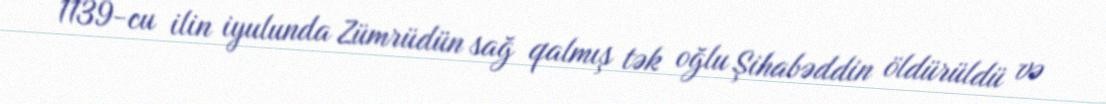
1139-cu ilin iyulunda Zümrüdün sağ qalmış tək oğlu Şihabəddin öldürüldü və